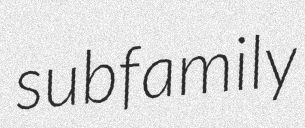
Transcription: subfamily